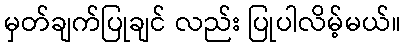
မှတ်ချက်ပြုချင် လည်း ပြုပါလိမ့်မယ်။